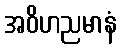
အဝိဟညမာနံ